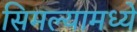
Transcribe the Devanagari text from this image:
सिमल्यामध्ये